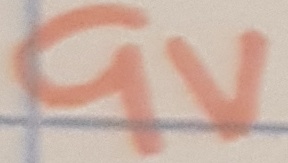
Text: 9V